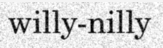
willy-nilly